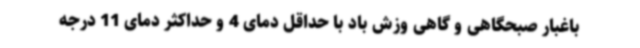
باغبار صبحگاهی و گاهی وزش باد با حداقل دمای 4 و حداکثر دمای 11 درجه